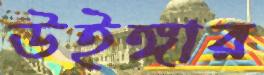
উইঙ্গার